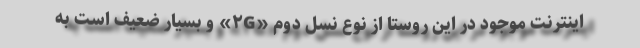
اینترنت موجود در این روستا از نوع نسل دوم «۲G» و بسیار ضعیف است به